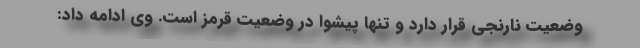
وضعیت نارنجی قرار دارد و تنها پیشوا در وضعیت قرمز است. وی ادامه داد: